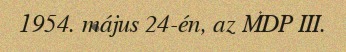
1954. május 24-én, az MDP III.